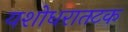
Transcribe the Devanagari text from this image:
यशोधरातटक